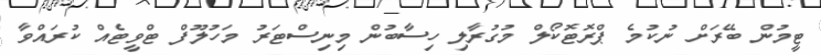
ޓީމުން ބޭރަށް ނުކުމެ ޕްރޮޓޮކޯލް މުގުރާލި ހިސާބުން މިނިސްޓަރު މަހުލޫފް ޓްވީޓެއް ކުރައްވާ